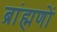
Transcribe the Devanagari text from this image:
ब्रांह्मणों